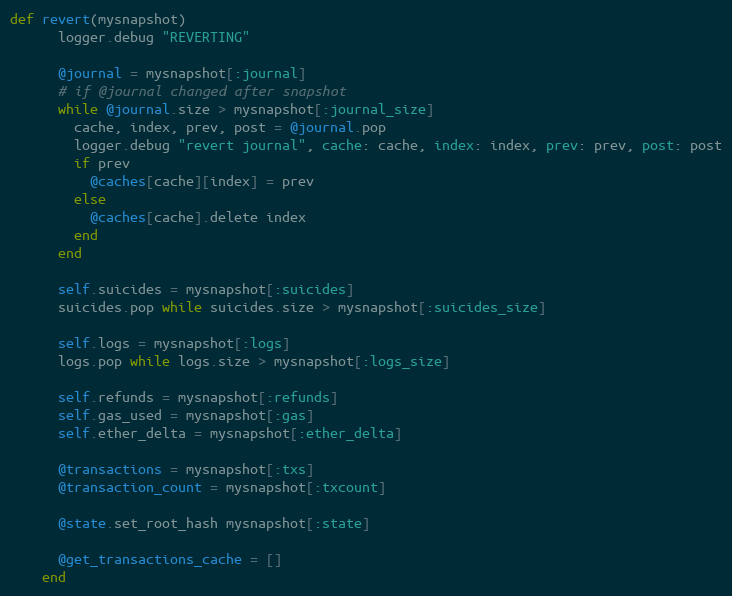
Language: Ruby
def revert(mysnapshot)
      logger.debug "REVERTING"

      @journal = mysnapshot[:journal]
      # if @journal changed after snapshot
      while @journal.size > mysnapshot[:journal_size]
        cache, index, prev, post = @journal.pop
        logger.debug "revert journal", cache: cache, index: index, prev: prev, post: post
        if prev
          @caches[cache][index] = prev
        else
          @caches[cache].delete index
        end
      end

      self.suicides = mysnapshot[:suicides]
      suicides.pop while suicides.size > mysnapshot[:suicides_size]

      self.logs = mysnapshot[:logs]
      logs.pop while logs.size > mysnapshot[:logs_size]

      self.refunds = mysnapshot[:refunds]
      self.gas_used = mysnapshot[:gas]
      self.ether_delta = mysnapshot[:ether_delta]

      @transactions = mysnapshot[:txs]
      @transaction_count = mysnapshot[:txcount]

      @state.set_root_hash mysnapshot[:state]

      @get_transactions_cache = []
    end